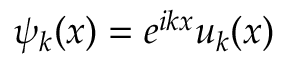
\psi _ { k } ( x ) = e ^ { i k x } u _ { k } ( x )